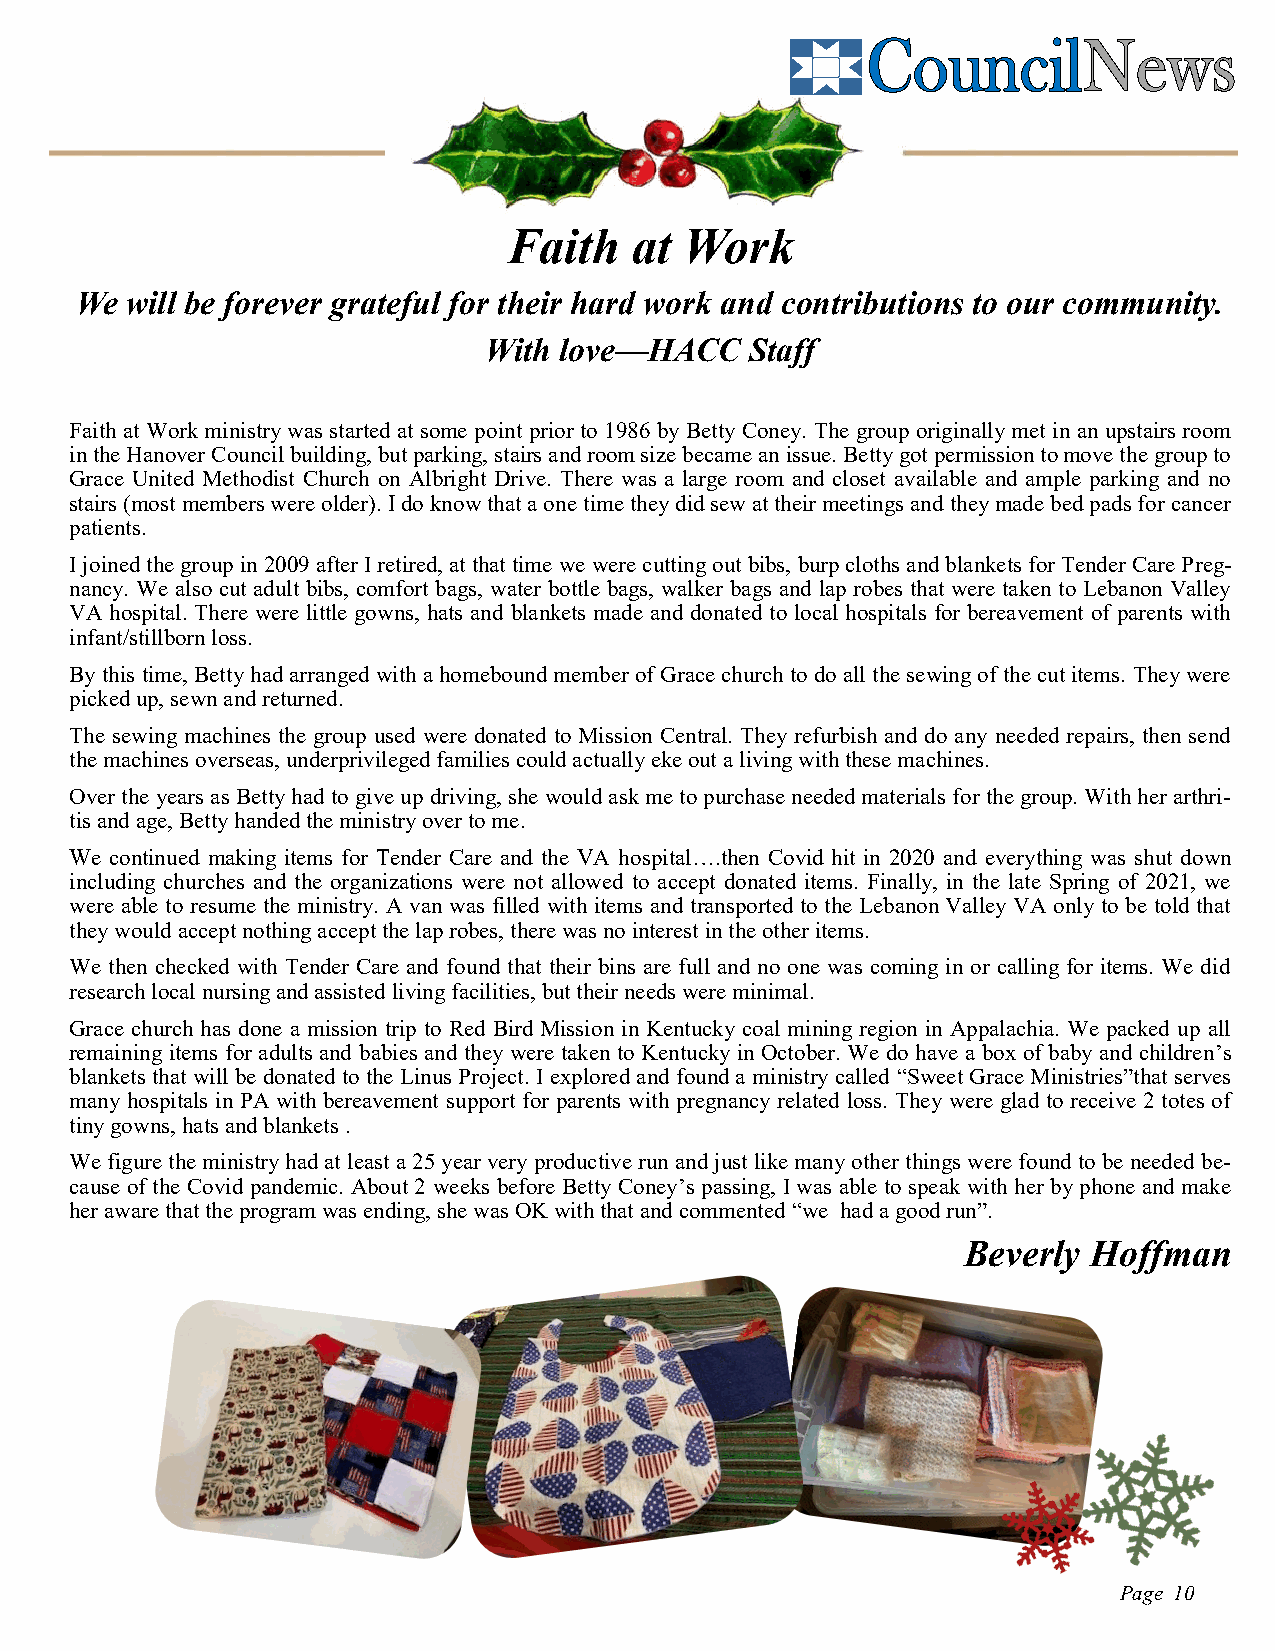
Faith   at Work
 We will be forever grateful for their hard work and contributions to our community.
 With love—HACC    Staff
 Faith at Work ministry was started at some point prior to 1986 by Betty Coney. The group originally met in an upstairs room
 in the Hanover Council building, but parking, stairs and room size became an issue. Betty got permission to move the group to
 Grace United Methodist Church on Albright Drive. There was a large room and closet available and ample parking and no
 stairs (most members were older). I do know that a one time they did sew at their meetings and they made bed pads for cancer
 patients.
 I joined the group in 2009 after I retired, at that time we were cutting out bibs, burp cloths and blankets for Tender Care Preg-
 nancy. We also cut adult bibs, comfort bags, water bottle bags, walker bags and lap robes that were taken to Lebanon Valley
 VA hospital. There were little gowns, hats and blankets made and donated to local hospitals for bereavement of parents with
 infant/stillborn loss.
 By this time, Betty had arranged with a homebound member of Grace church to do all the sewing of the cut items. They were
 picked up, sewn and returned.
 The sewing machines the group used were donated to Mission Central. They refurbish and do any needed repairs, then send
 the machines overseas, underprivileged families could actually eke out a living with these machines.
 Over the years as Betty had to give up driving, she would ask me to purchase needed materials for the group. With her arthri-
 tis and age, Betty handed the ministry over to me.
 We continued making items for Tender Care and the VA hospital….then Covid hit in 2020 and everything was shut down
 including churches and the organizations were not allowed to accept donated items. Finally, in the late Spring of 2021, we
 were able to resume the ministry. A van was filled with items and transported to the Lebanon Valley VA only to be told that
 they would accept nothing accept the lap robes, there was no interest in the other items.
 We then checked with Tender Care and found that their bins are full and no one was coming in or calling for items. We did
 research local nursing and assisted living facilities, but their needs were minimal.
 Grace church has done a mission trip to Red Bird Mission in Kentucky coal mining region in Appalachia. We packed up all
 remaining items for adults and babies and they were taken to Kentucky in October. We do have a box of baby and children’s
 blankets that will be donated to the Linus Project. I explored and found a ministry called “Sweet Grace Ministries”that serves
 many hospitals in PA with bereavement support for parents with pregnancy related loss. They were glad to receive 2 totes of
 tiny gowns, hats and blankets .
 We figure the ministry had at least a 25 year very productive run and just like many other things were found to be needed be-
 cause of the Covid pandemic. About 2 weeks before Betty Coney’s passing, I was able to speak with her by phone and make
 her aware that the program was ending, she was OK with that and commented “we had a good run”.
 Beverly Hoffman
 Page 10